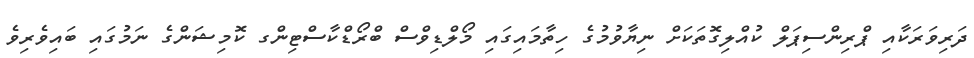
ދަރިވަރަކާއި ޕްރިންސިޕަލް ކުއްލިގޮތަކަށް ނިޔާވުމުގެ ހިތާމައިގައި މޯލްޑިވްސް ބްރޯޑްކާސްޓިންގ ކޮމިޝަންގެ ނަމުގައި ބައިވެރިވެ